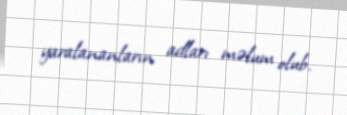
yaralananların adları məlum olub.